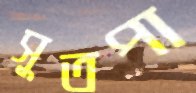
সুতপা